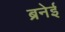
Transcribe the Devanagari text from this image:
ब्रनेई